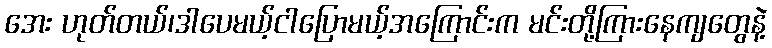
အေး ဟုတ်တယ်၊ဒါပေမယ့်ငါပြောမယ့်အကြောင်းက မင်းတို့ကြားနေကျတွေနဲ့